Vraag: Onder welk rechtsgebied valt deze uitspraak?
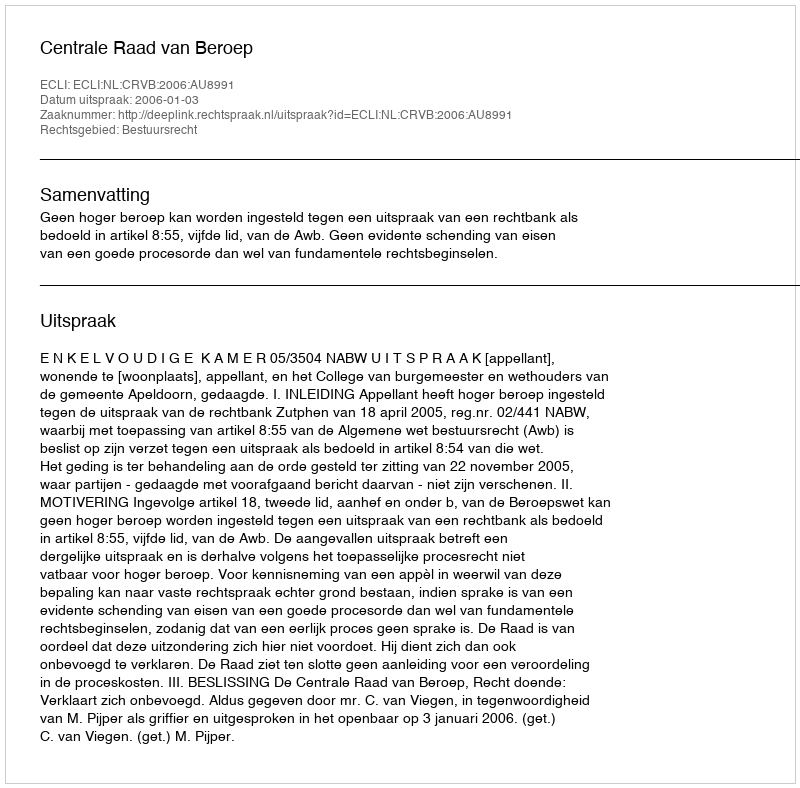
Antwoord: Bestuursrecht